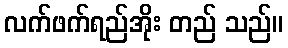
လက်ဖက်ရည်အိုး တည် သည်။